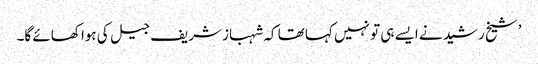
’شیخ رشید نے ایسے ہی تو نہیں کہا تھا کہ شہباز شریف جیل کی ہوا کھائے گا۔